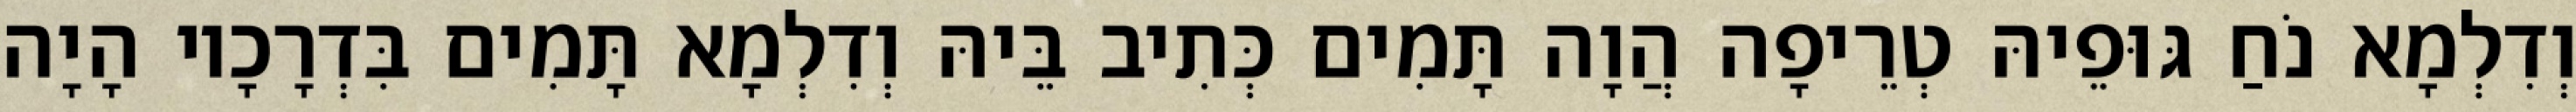
וְדִלְמָא נֹחַ גּוּפֵיהּ טְרֵיפָה הֲוָה תָּמִים כְּתִיב בֵּיהּ וְדִלְמָא תָּמִים בִּדְרָכָיו הָיָה